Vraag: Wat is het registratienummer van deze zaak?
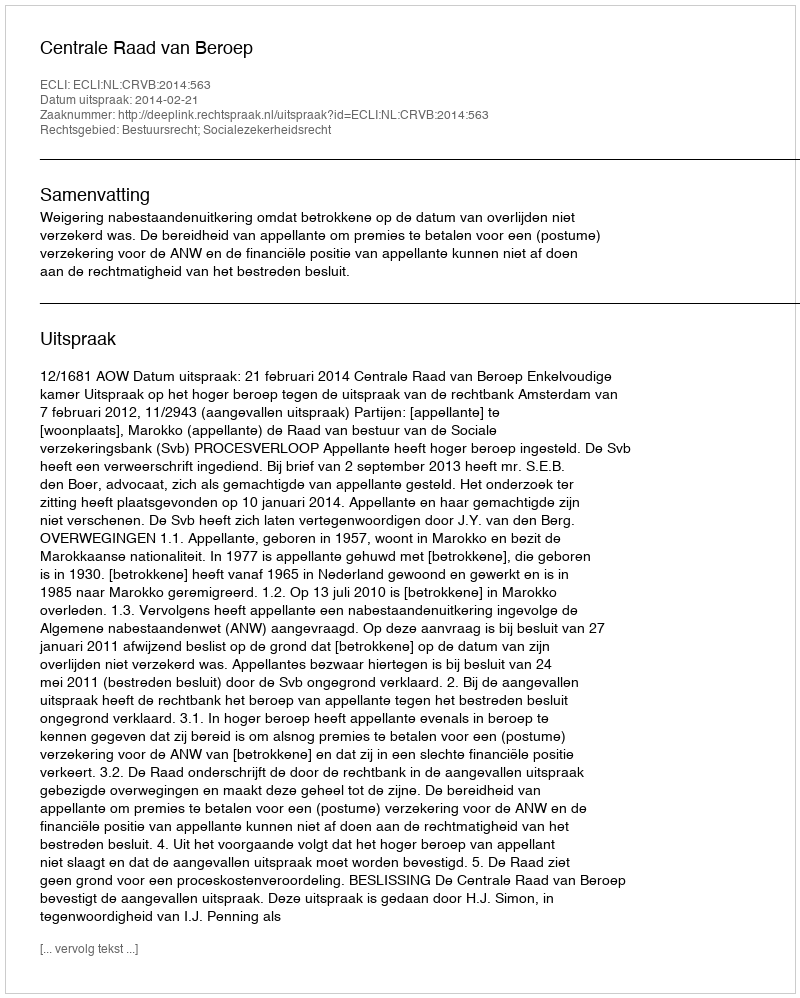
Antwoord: http://deeplink.rechtspraak.nl/uitspraak?id=ECLI:NL:CRVB:2014:563